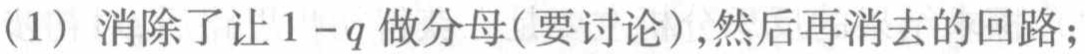
(1) 消除了让 \(1 - q\) 做分母(要讨论),然后再消去的回路;